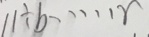
1 1 \div b \cdots r